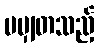
မမျှတသည့်